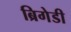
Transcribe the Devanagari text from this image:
ब्रिगेडी